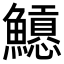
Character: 𩼲